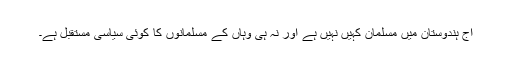
آج ہندوستان میں مسلمان کہیں نہیں ہے اور نہ ہی وہاں کے مسلمانوں کا کوئی سیاسی مستقبل ہے۔